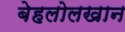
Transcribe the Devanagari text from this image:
बेहलोलखान